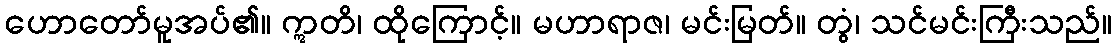
ဟောတော်မူအပ်၏။ ဣတိ၊ ထိုကြောင့်။ မဟာရာဇ၊ မင်းမြတ်။ တွံ၊ သင်မင်းကြီးသည်။